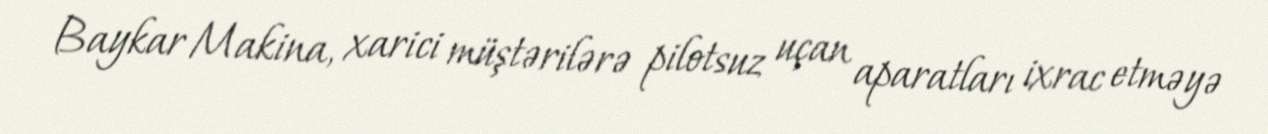
Baykar Makina, xarici müştərilərə pilotsuz uçan aparatları ixrac etməyə